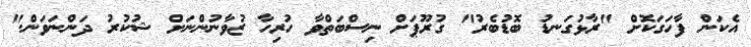
އެކަން ފާހަގަކޮށް "ރާޅުގަނޑު ބޮޑުބެރު" ގުރޫޕަށް ނިސްބަތްވާ ހުރިހާ ޒުވާނުންނަށް ޝުކުރު ދަންނަވަން."